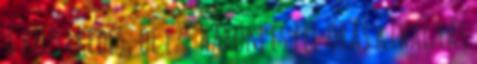
a közlekedés, de ezt három és fél órás kihagyás